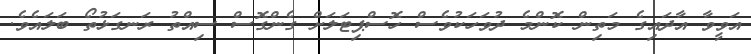
އަވީވާ އާދައިގެ މަތިން ކޮންމެ ދުވަހަކުވެސް ހޮސްޕިޓަލަށް ގެންގޮސް ސިއްތު ރަނގަޅުތޯ ބަލައެވެ.